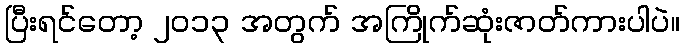
ပြီးရင်တော့ ၂၀၁၃ အတွက် အကြိုက်ဆုံးဇာတ်ကားပါပဲ။